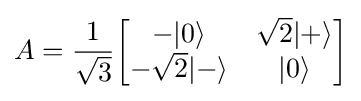
A={\frac {1}{\sqrt {3}}}{\begin{bmatrix}-|0\rangle &{\sqrt {2}}|+\rangle \\-{\sqrt {2}}|-\rangle &|0\rangle \end{bmatrix}}